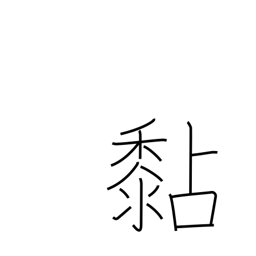
Meaning: stick to